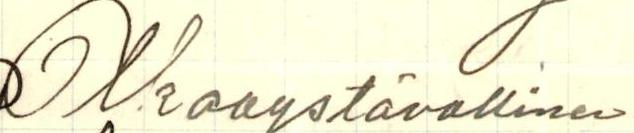
Olkaa ystävällinen